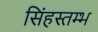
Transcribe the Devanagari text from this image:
सिंहस्तम्भ